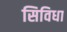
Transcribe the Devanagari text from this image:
सिविधा